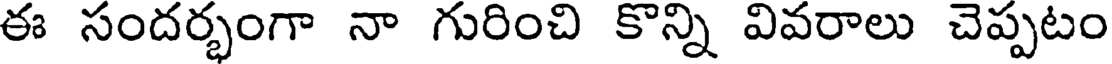
ఈ సందర్భంగా నా గురించి కొన్ని వివరాలు చెప్పటం